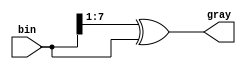
//
// Copyright 2011 Ettus Research LLC
//
// This program is free software: you can redistribute it and/or modify
// it under the terms of the GNU General Public License as published by
// the Free Software Foundation, either version 3 of the License, or
// (at your option) any later version.
//
// This program is distributed in the hope that it will be useful,
// but WITHOUT ANY WARRANTY; without even the implied warranty of
// MERCHANTABILITY or FITNESS FOR A PARTICULAR PURPOSE.  See the
// GNU General Public License for more details.
//
// You should have received a copy of the GNU General Public License
// along with this program.  If not, see <http://www.gnu.org/licenses/>.
//



module bin2gray
  #(parameter WIDTH=8)
    (input [WIDTH-1:0] bin,
     output [WIDTH-1:0] gray);

   assign 		gray = (bin >> 1) ^ bin;
   
endmodule // bin2gray